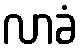
လာခံ